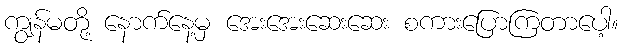
ကျွန်မတို့ နောက်နေ့မှ အေးအေးဆေးဆေး စကားပြောကြတာပေါ့။